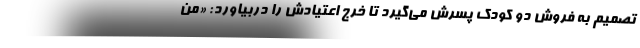
تصمیم به فروش دو کودک پسرش می‌گیرد تا خرج اعتیادش را دربیاورد: «من